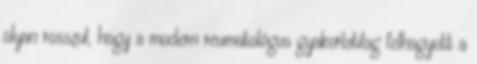
olyan rosszul, hogy a modern reumatológus gyakorlatilag felhagyott a